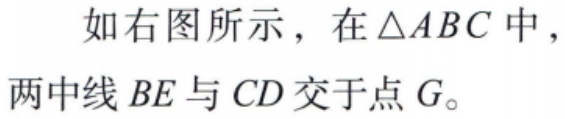
如右图所示，在$\triangle ABC$中，
两中线$BE$与$CD$交于点$G$。